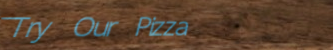
Try Our Pizza